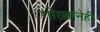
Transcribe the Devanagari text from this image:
गोरक्षानेही